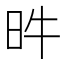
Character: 𣅫